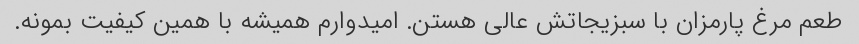
طعم مرغ پارمزان با سبزیجاتش عالی هستن. امیدوارم همیشه با همین کیفیت بمونه.